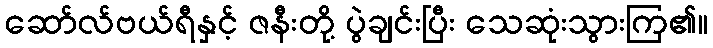
ဆော်လ်ဗယ်ရီနှင့် ဇနီးတို့ ပွဲချင်းပြီး သေဆုံးသွားကြ၏။